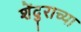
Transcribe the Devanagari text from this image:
शेंदुराच्या